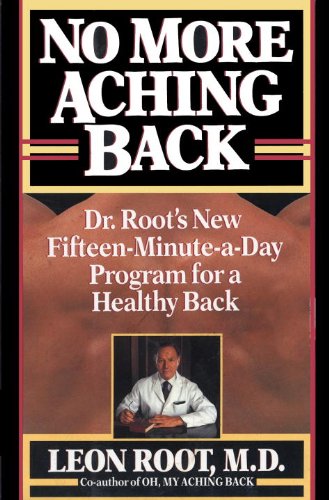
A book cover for No More Aching Back: Dr. Root's New Fifteen-Minutes-A-Day Program for Back; Leon Root; Health, Fitness & Dieting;